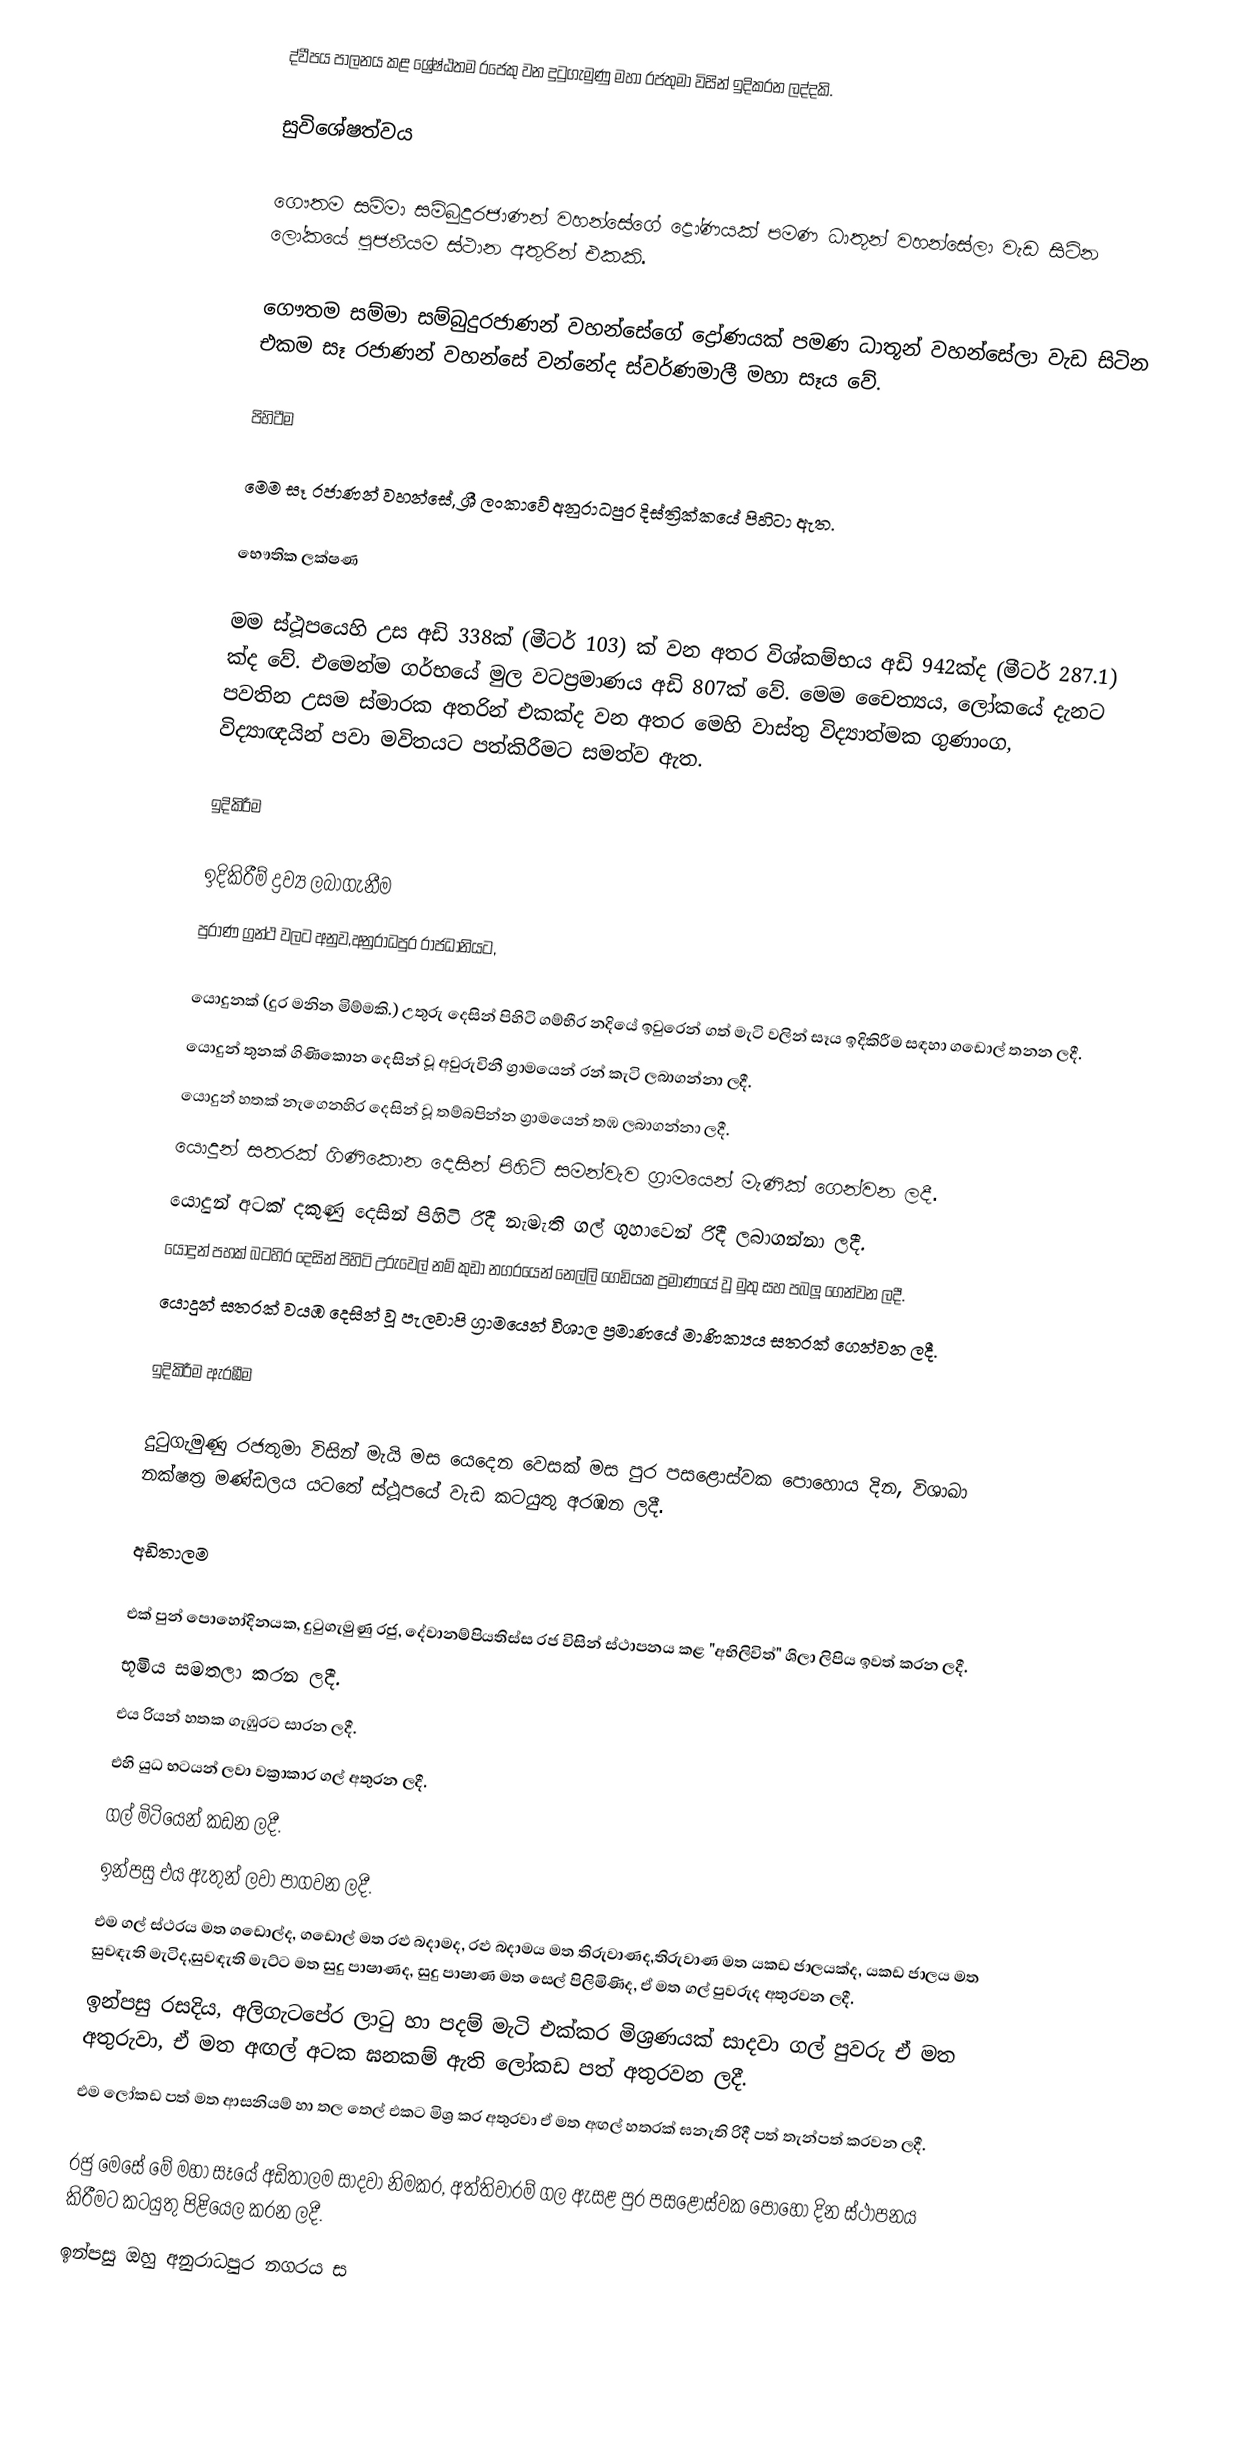
ද්වීපය පාලනය කළ ශ්‍රේෂ්ඨතම රජෙකු වන දුටුගැමුණු මහා රජතුමා විසින් ඉදිකරන ලද්දකි.

සුවිශේෂත්වය

ගෞතම සම්මා සම්බුදුරජාණන් වහන්සේගේ ද්‍රෝණයක් පමණ ධාතූන් වහන්සේලා වැඩ සිටින ලෝකයේ පූජනීයම ස්ථාන අතුරින් එකකි.

ගෞතම සම්මා සම්බුදුරජාණන් වහන්සේගේ ද්‍රෝණයක් පමණ ධාතූන් වහන්සේලා වැඩ සිටින එකම සෑ රජාණන් වහන්සේ වන්නේද ස්වර්ණමාලී මහා සෑය වේ.

පිහිටීම

මෙම සෑ රජාණන් වහන්සේ, ශ්‍රී ලංකාවේ අනුරාධපුර දිස්ත්‍රික්කයේ පිහිටා ඇත.

භෞතික ලක්ෂණ

මම ස්ථූපයෙහි උස අඩි 338ක් (මීටර් 103) ක් වන අතර විශ්කම්භය අඩි 942ක්ද (මීටර් 287.1) ක්ද වේ. එමෙන්ම ගර්භයේ මුල වටප්‍රමාණය අඩි 807ක් වේ. මෙම චෛත්‍යය, ලෝකයේ දැනට පවතින උසම ස්මාරක අතරින් එකක්ද වන අතර මෙහි වාස්තු විද්‍යාත්මක ගුණාංග, විද්‍යාඥයින් පවා මවිතයට පත්කිරීමට සමත්ව ඇත.

ඉදිකිරීම

ඉදිකිරීම් ද්‍රව්‍ය ලබාගැනීම
පුරාණ ග්‍රන්ථ වලට අනුව,අනුරාධපුර රාජධානියට,

 යොදුනක් (දුර මනින මිම්මකි.) උතුරු දෙසින් පිහිටි ගම්භීර නදියේ ඉවුරෙන් ගත් මැටි වලින් සෑය ඉදිකිරීම සඳහා ගඩොල් තනන ලදී.
යොදුන් තුනක් ගිණිකොන දෙසින් වූ අවුරුවිනී ග්‍රාමයෙන් රන් කැටි ලබාගන්නා ලදී.
යොදුන් හතක් නැගෙනහිර දෙසින් වූ තම්බපින්න ග්‍රාමයෙන් තඹ ලබාගන්නා ලදී.
යොදුන් සතරක් ගිණිකොන දෙසින් පිහිටි සමන්වැව ග්‍රාමයෙන් මැණික් ගෙන්වන ලදී.
යොදුන් අටක් දකුණු දෙසින් පිහිටි රිදී නැමැති ගල් ගුහාවෙන් රිදී ලබාගන්නා ලදී.
යොදුන් පහක් බටහිර දෙසින් පිහිටි උරුවෙල් නම් කුඩා නගරයෙන් නෙල්ලි ගෙඩියක ප්‍රමාණයේ වූ මුතු සහ පබලූ ගෙන්වන ලදී.
 යොදුන් සතරක් වයඹ දෙසින් වූ පැලවාපි ග්‍රාමයෙන් විශාල ප්‍රමාණයේ මාණික්‍යය සතරක් ගෙන්වන ලදී.

ඉදිකිරීම ඇරඹීම

දුටුගැමුණු රජතුමා විසින් මැයි මස යෙදෙන වෙසක් මස පුර පසළොස්වක පොහොය දින, විශාඛා නක්ෂත්‍ර මණ්ඩලය යටතේ ස්ථූපයේ වැඩ කටයුතු අරඹන ලදී.

අඩිතාලම

එක් පුන් පොහෝදිනයක, දුටුගැමුණු රජු, දේවානම්පියතිස්ස රජ විසින් ස්ථාපනය කළ "අභිලිවිත්" ශිලා ලිපිය ඉවත් කරන ලදී.
භූමිය සමතලා කරන ලදී.
එය රියන් හතක ගැඹුරට සාරන ලදී.
එහි යුධ භටයන් ලවා වක්‍රාකාර ගල් අතුරන ලදී.
ගල් මිටියෙන් කඩන ලදී.
ඉන්පසු එය ඇතුන් ලවා පාගවන ලදී.
එම ගල් ස්ථරය මත ගඩොල්ද, ගඩොල් මත රළු බදාමද, රළු බදාමය මත තිරුවාණද,තිරුවාණ මත යකඩ ජාලයක්ද, යකඩ ජාලය මත සුවඳැති මැටිද,සුවඳැති මැට්ට මත සුදු පාෂාණද, සුදු පාෂාණ මත සෙල් පිලිමිණිද, ඒ මත ගල් පුවරුද අතුරවන ලදී.
ඉන්පසු රසදිය, අලිගැටපේර ලාටු හා පදම් මැටි එක්කර මිශ්‍රණයක් සාදවා ගල් පුවරු ඒ මත අතුරුවා, ඒ මත අඟල් අටක ඝනකම් ඇති ලෝකඩ පත් අතුරවන ලදී.
එම ලෝකඩ පත් මත ආසනියම් හා තල තෙල් එකට මිශ්‍ර කර අතුරවා ඒ මත අඟල් හතරක් ඝනැති රිදී පත් තැන්පත් කරවන ලදී.

රජු මෙසේ මේ මහා සෑයේ අඩිතාලම සාදවා නිමකර, අත්තිවාරම් ගල ඇසළ පුර පසළොස්වක පොහෝ දින ස්ථාපනය කිරීමට කටයුතු පිළියෙල කරන ලදී.
ඉන්පසු ඔහු අනුරාධපුර නගරය ස